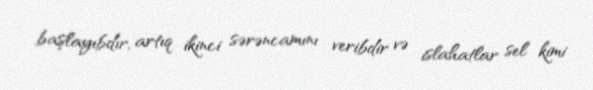
başlayıbdır, artıq ikinci sərəncamını veribdir və islahatlar sel kimi